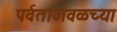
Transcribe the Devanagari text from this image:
पर्वताजवळच्या